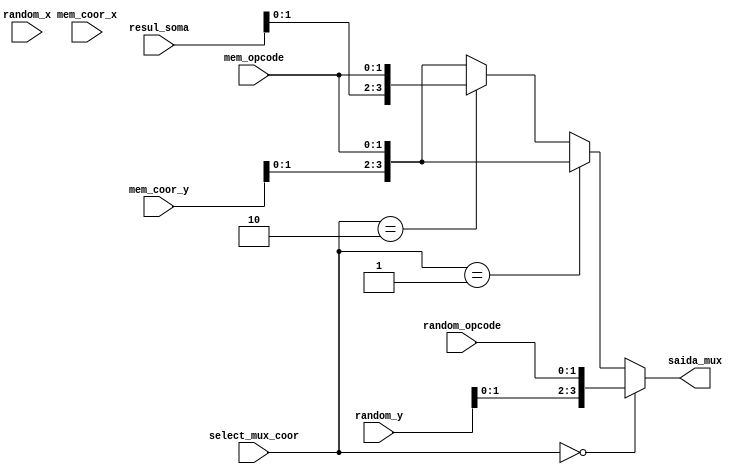

module mux_coor #(parameter N = 4)(
        input [1:0] select_mux_coor,
        input [N-1:0] resul_soma,
        input [N-1:0] mem_coor_x,
        input [N-1:0] mem_coor_y,
        input [1:0]   mem_opcode,
        input [N-1:0] random_x,
        input [N-1:0] random_y,
        input [1:0] random_opcode,
        output [N-1:0] saida_mux
        );

        parameter posicao_op_random = 2'b00;
        parameter resul_soma_coor_x = 2'b01;
        parameter resul_soma_coor_y = 2'b10;

        // 00 - seleciona a posio e opcode randomicos
        // 01 - seleciona o resultado da soma na coordenada X e opcode da memoria (Y da memoria)
        // 10 - seleciona o resultado da soma na coordenada Y e opcode da memoria (X da memoria)

        assign saida_mux = select_mux_coor == posicao_op_random ? {random_x, random_y, random_opcode}      : 
                           select_mux_coor == resul_soma_coor_x ? {resul_soma, mem_coor_y, mem_opcode} :
                           select_mux_coor == resul_soma_coor_y ? {mem_coor_x, resul_soma, mem_opcode} : {mem_coor_x, mem_coor_y, mem_opcode};
endmodule